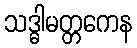
သဒ္ဓါမတ္တကေန